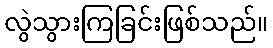
လွဲသွားကြခြင်းဖြစ်သည်။